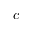
c